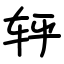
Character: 轷